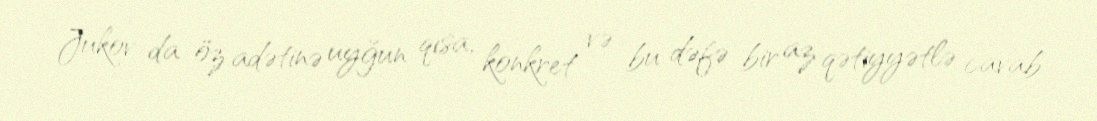
Jukov da öz adətinə uyğun qısa, konkret və bu dəfə bir az qətiyyətlə cavab